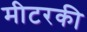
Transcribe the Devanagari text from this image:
मीटरकी